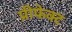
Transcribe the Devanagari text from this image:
प्रीफेक्ट